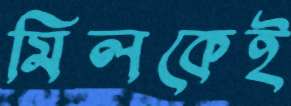
মিলকেই